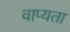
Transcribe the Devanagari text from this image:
वाप्यता